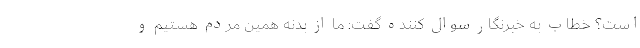
است؟ خطاب به خبرنگار سوال کننده گفت: ما از بدنه همین مردم هستیم و